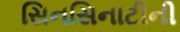
સિનસિનાટીની